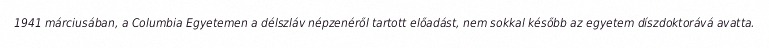
1941 márciusában, a Columbia Egyetemen a délszláv népzenéről tartott előadást, nem sokkal később az egyetem díszdoktorává avatta.